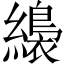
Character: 𦆚